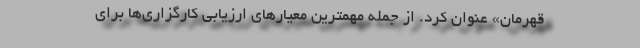
قهرمان» عنوان کرد. از جمله مهمترین معیارهای ارزیابی کارگزاری‌ها برای